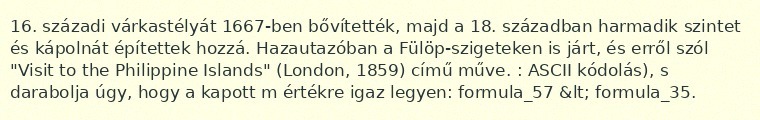
16. századi várkastélyát 1667-ben bővítették, majd a 18. században harmadik szintet és kápolnát építettek hozzá. Hazautazóban a Fülöp-szigeteken is járt, és erről szól "Visit to the Philippine Islands" (London, 1859) című műve. : ASCII kódolás), s darabolja úgy, hogy a kapott m értékre igaz legyen: formula_57 &lt; formula_35.